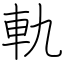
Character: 軌